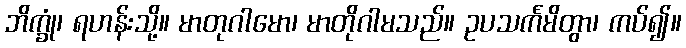
ဘိက္ခုံ၊ ရဟန်းသို့။ မာတုဂါမော၊ မာတိုဂါမသည်။ ဥပသင်္ကမိတွာ၊ ကပ်၍။